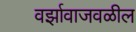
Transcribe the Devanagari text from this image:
वर्झावाजवळील